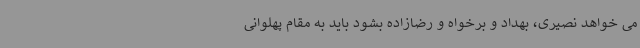
می خواهد نصیری، بهداد و برخواه و رضازاده بشود باید به مقام پهلوانی